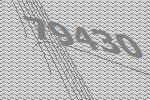
79430